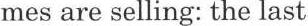
mes are selling: the last